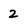
Character: 2